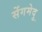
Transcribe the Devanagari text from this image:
सेंगमेदु